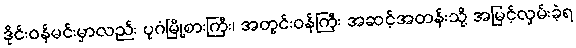
ဒိုင်းဝန်မင်းမှာလည်း ပုဂံမြို့စားကြီး၊ အတွင်းဝန်ကြီး အဆင့်အတန်းသို့ အမြင့်လှမ်းခဲ့ရ